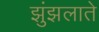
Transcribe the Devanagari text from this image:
झुंझलाते